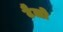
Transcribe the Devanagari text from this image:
टैलो